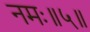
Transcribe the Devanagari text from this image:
नमः॥५॥